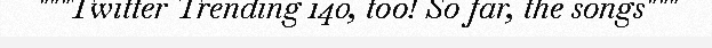
"""Twitter Trending 140, too! So far, the songs"""